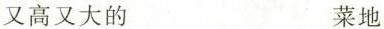
又高又大的 菜地